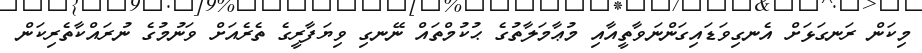
މިކަން ރަނގަޅަށް އެނގިވަޑައިގަންނަވާތީއާއި މުޢާމަލާތުގެ ޙުކުމްތައް ނޭނގި ވިޔަފާރީގެ ތެރެއަށް ވަނުމުގެ ނުރައްކާތެރިކަން